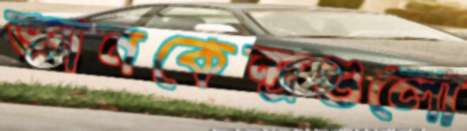
জ্ঞানকেন্দ্রগুলো